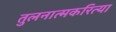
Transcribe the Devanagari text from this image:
तुलनात्मकरित्या